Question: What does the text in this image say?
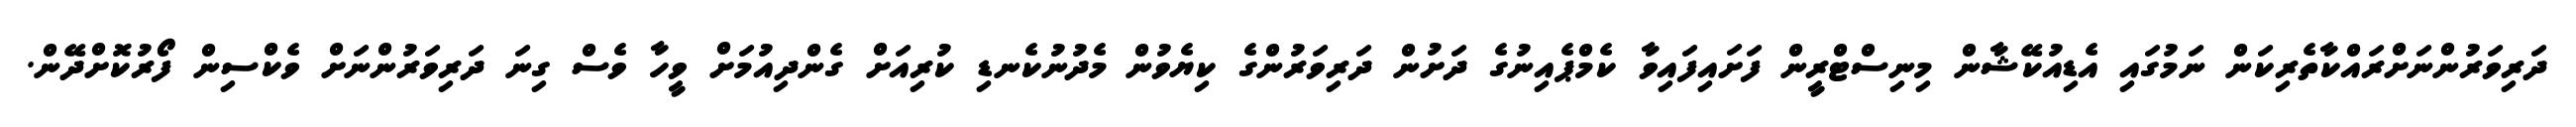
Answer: ދަރިވަރުންނަށްރައްކާތެރިކަން ނަމުގައި އެޑިއުކޭޝާން މިނިސްޓްރީން ފަށައިފައިވާ ކެމްޕެއިނުގެ ދަށުން ދަރިވަރުންގެ ކިޔެވުން މެދުނުކެނޑި ކުރިއަށް ގެންދިއުމަށް ވީހާ ވެސް ގިނަ ދަރިވަރުންނަށް ވެކްސިން ފޯރުކޮށްދޭން.